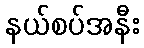
နယ်စပ်အနီး